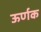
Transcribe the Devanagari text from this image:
ऊर्णक